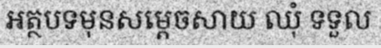
អត្ថបទមុនសម្តេចសាយ ឈុំ ទទួល